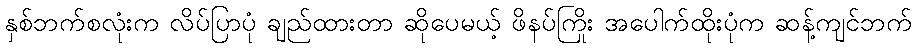
နှစ်ဘက်စလုံးက လိပ်ပြာပုံ ချည်ထားတာ ဆိုပေမယ့် ဖိနပ်ကြိုး အပေါက်ထိုးပုံက ဆန့်ကျင်ဘက်